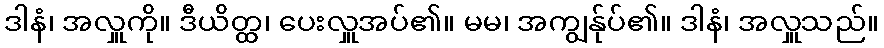
ဒါနံ၊ အလှူကို။ ဒီယိတ္ထ၊ ပေးလှူအပ်၏။ မမ၊ အကျွန်ုပ်၏။ ဒါနံ၊ အလှူသည်။